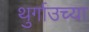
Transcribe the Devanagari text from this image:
थुर्गाउच्या